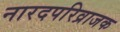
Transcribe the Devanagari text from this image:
नारदपरिव्राजक